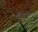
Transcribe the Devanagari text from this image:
वेनों